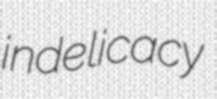
indelicacy